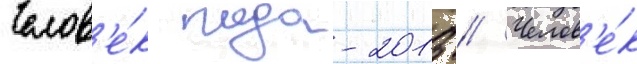
Челов'е́к года-2013 // Челов'е́к